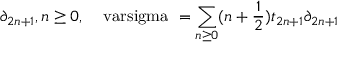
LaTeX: \partial _ { 2 n + 1 } , n \geq 0 , \, \; \mathrm { \boldmath ~ \ v a r s i g m a ~ } = \sum _ { n \geq 0 } ( n + \frac { 1 } { 2 } ) t _ { 2 n + 1 } \partial _ { 2 n + 1 }